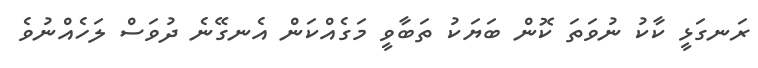
ރަނގަޅީ ކާކު ނުވަތަ ކޮން ބަޔަކު ތަބާވީ މަގެއްކަން އެނގޭނެ ދުވަސް ލަހެއްނުވެ